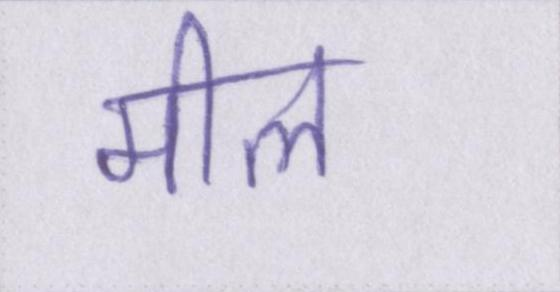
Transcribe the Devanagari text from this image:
मील